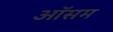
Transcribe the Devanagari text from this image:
ऑसम